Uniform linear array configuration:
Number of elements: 24
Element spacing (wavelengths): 0.5
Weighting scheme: uniform
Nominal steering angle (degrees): -15
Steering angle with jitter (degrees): -15.061
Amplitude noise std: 0.05
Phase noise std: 0.05

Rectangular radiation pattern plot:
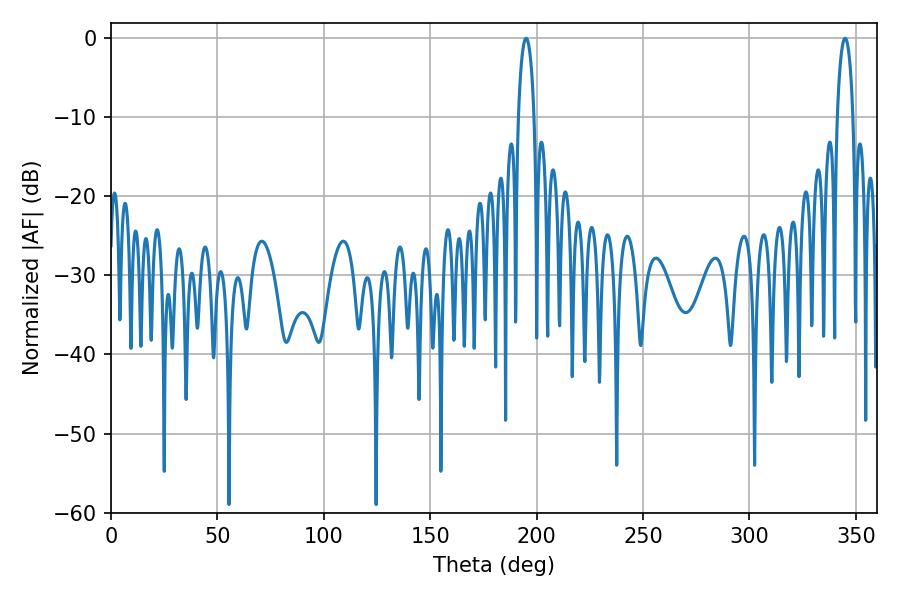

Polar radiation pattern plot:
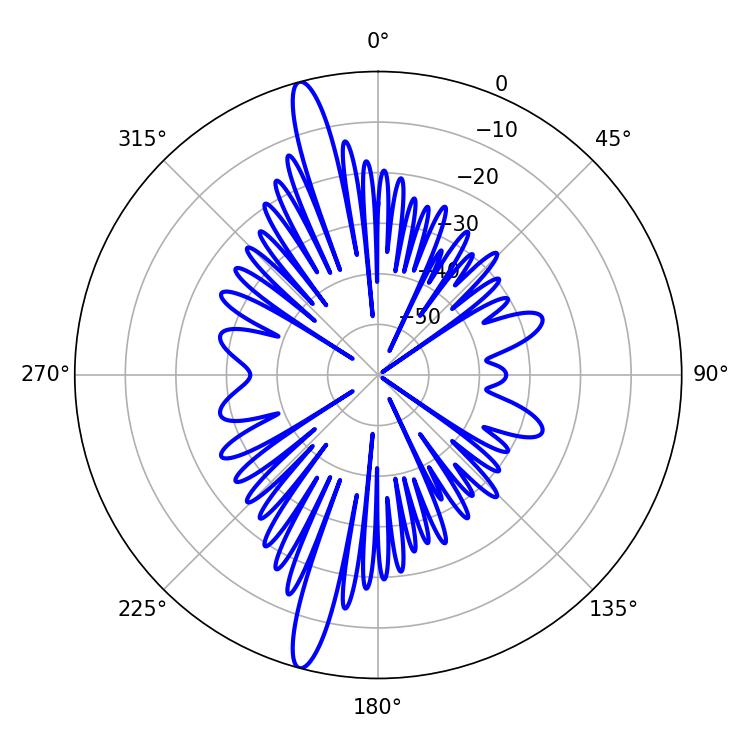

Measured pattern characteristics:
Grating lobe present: FALSE
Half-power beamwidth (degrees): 4.14
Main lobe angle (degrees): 195.12